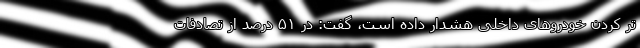
تر کردن خودروهای داخلی هشدار داده است، گفت: در ۵۱ درصد از تصادفات